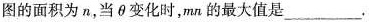
图的面积为n，当\theta变化时，mn的最大值是___.